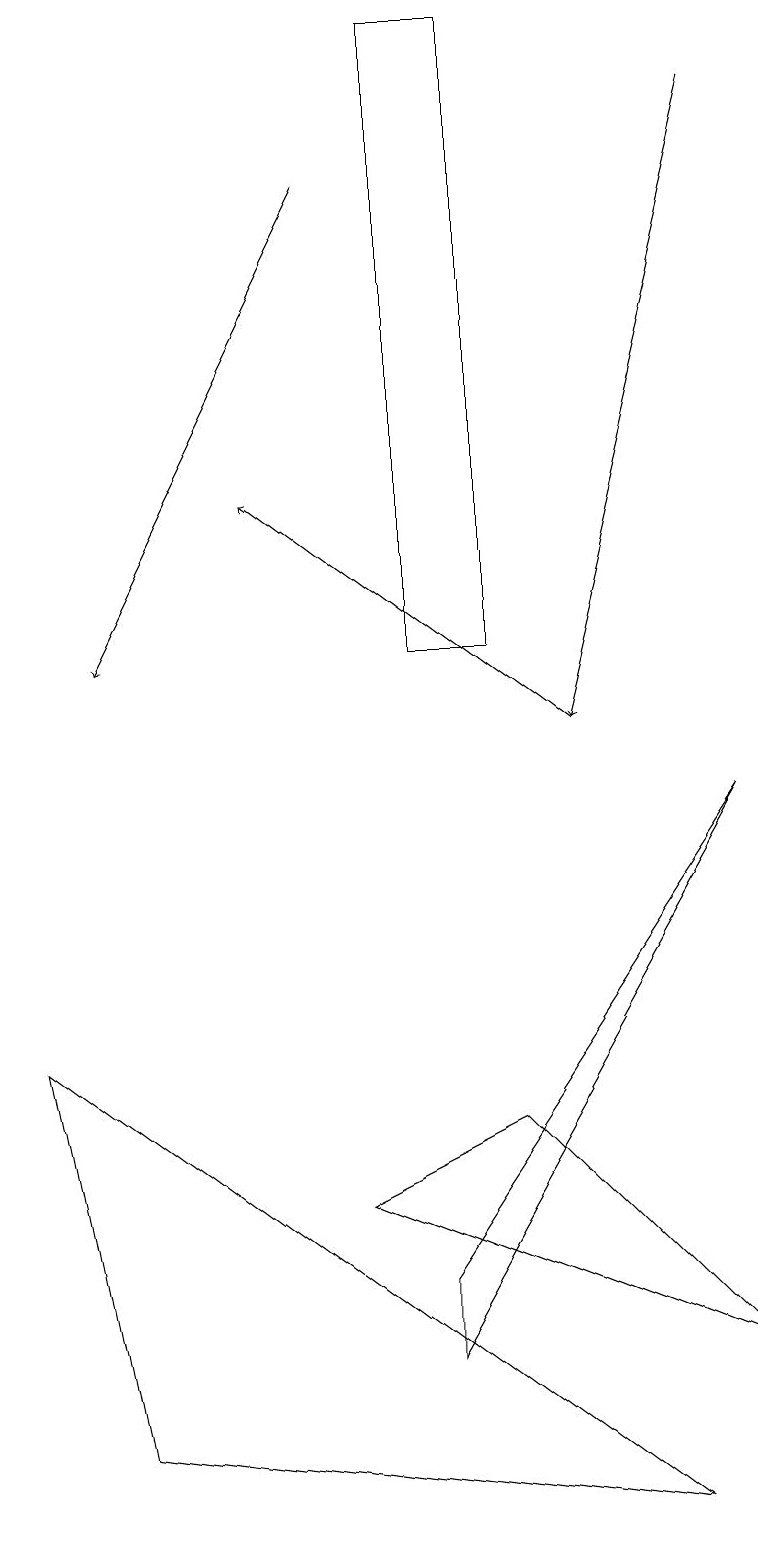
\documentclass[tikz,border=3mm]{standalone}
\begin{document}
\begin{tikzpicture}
\draw (5,19) rectangle (6,11);
\draw (9,9) -- (5,2) -- (5,3) -- cycle;
\draw[->] (9,18) -- (7,10);
\draw (1,1) -- (0,6) -- (8,0) -- cycle;
\draw[->] (4,17) -- (1,11);
\draw (4,4) -- (9,2) -- (6,5) -- cycle;
\draw[->] (7,10) -- (3,13);
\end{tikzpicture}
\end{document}